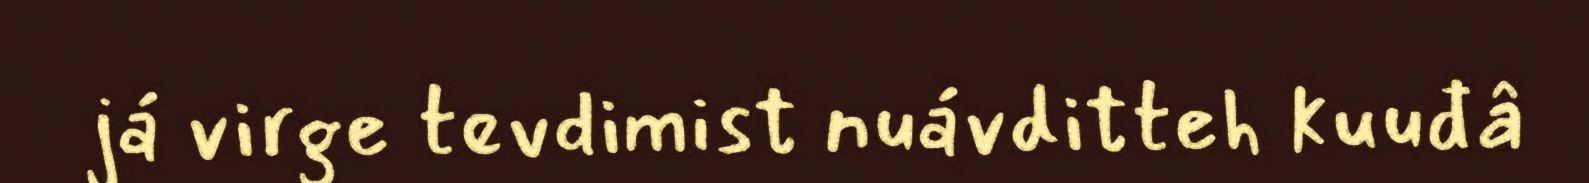
já virge tevdimist nuávditteh kuuđâ